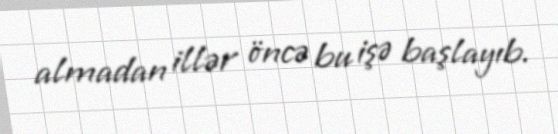
almadan illər öncə bu işə başlayıb.